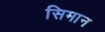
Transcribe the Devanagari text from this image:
सिमान